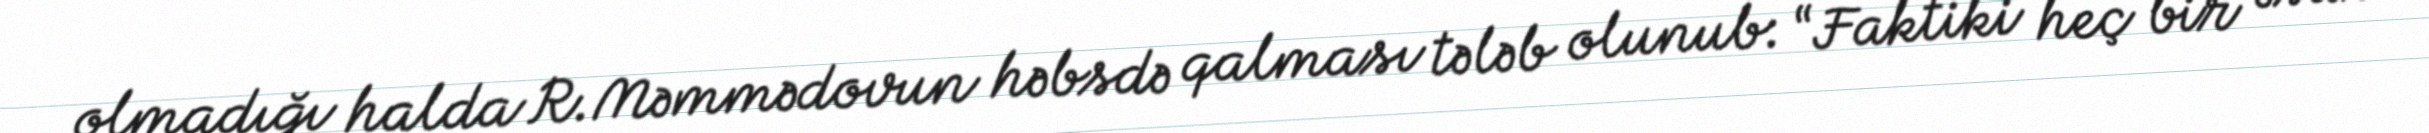
olmadığı halda R.Məmmədovun həbsdə qalması tələb olunub: “Faktiki heç bir əsas